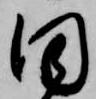
間